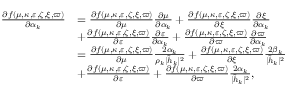
\begin{array} { r l } { \frac { \partial f ( \mu , \kappa , \varepsilon , \zeta , \xi , \varpi ) } { \partial \alpha _ { k } } } & { = \frac { \partial f ( \mu , \kappa , \varepsilon , \zeta , \xi , \varpi ) } { \partial \mu } \frac { \partial \mu } { \partial \alpha _ { k } } + \frac { \partial f ( \mu , \kappa , \varepsilon , \zeta , \xi , \varpi ) } { \partial \xi } \frac { \partial \xi } { \partial \alpha _ { k } } } \\ & { + \frac { \partial f ( \mu , \kappa , \varepsilon , \zeta , \xi , \varpi ) } { \partial \varepsilon } \frac { \partial \varepsilon } { \partial \alpha _ { k } } + \frac { \partial f ( \mu , \kappa , \varepsilon , \zeta , \xi , \varpi ) } { \partial \varpi } \frac { \partial \varpi } { \partial \alpha _ { k } } } \\ & { = \frac { \partial f ( \mu , \kappa , \varepsilon , \zeta , \xi , \varpi ) } { \partial \mu } \frac { 2 \alpha _ { k } } { \rho _ { k } | \tilde { h } _ { k } | ^ { 2 } } + \frac { \partial f ( \mu , \kappa , \varepsilon , \zeta , \xi , \varpi ) } { \partial \xi } \frac { 2 \beta _ { k } } { | \tilde { h } _ { k } | ^ { 2 } } } \\ & { + \frac { \partial f ( \mu , \kappa , \varepsilon , \zeta , \xi , \varpi ) } { \partial \varepsilon } + \frac { \partial f ( \mu , \kappa , \varepsilon , \zeta , \xi , \varpi ) } { \partial \varpi } \frac { 2 \alpha _ { k } } { | \tilde { h } _ { k } | ^ { 2 } } , } \end{array}